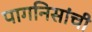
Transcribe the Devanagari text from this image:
पागनिसांची